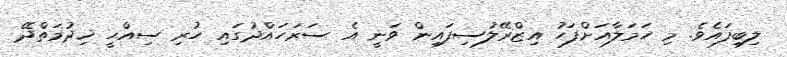
ލިބިފައެވެ. މި ހަމަލާއަށްފަހު އިޒްރޭލުސިފައިން ވަނީ އެ ސަރަހައްދުގައި ހުރި ސިއްޙީ ޚިދުމަތްދޭ